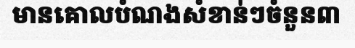
មានគោលបំណងសំខាន់ៗចំនួន៣